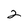
Character: 2